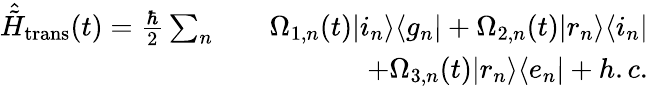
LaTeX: \begin{array}{rlr}{\hat{\tilde{H}}_{\mathrm{trans}}(t)=\frac{\hbar}{2}\sum_{n}}&{}&{\Omega_{1,n}(t)\vert i_{n}\rangle\langle g_{n}\vert+\Omega_{2,n}(t)\vert r_{n}\rangle\langle i_{n}\vert}\\ &{}&{+\Omega_{3,n}(t)\vert r_{n}\rangle\langle e_{n}\vert+h.c.}\end{array}